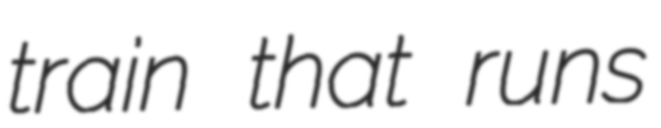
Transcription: train that runs